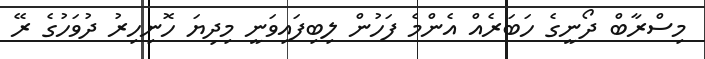
މިސްރާބް ދޯނީގެ ހަބަރެއް އެންމެ ފަހުން ލިބިިފައިވަނީ މިދިޔަ ހޮނިހިރު ދުވަހުގެ ރޭ